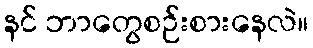
နင် ဘာတွေစဉ်းစားနေလဲ။